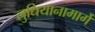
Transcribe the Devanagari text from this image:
लुधियानामार्गे